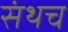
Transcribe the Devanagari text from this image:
संथच